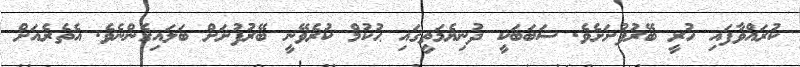
ކުރައްވާފައި ހުރީ ބޭރުފުށަށެވެ. ސަބަބަކީ ދުނިޔެމަތީގައި ޙުކުމް ކުރެވޭނީ ބޭރުފުށަށް ބަލައިގެންނެވެ. އެތެރެއަށް